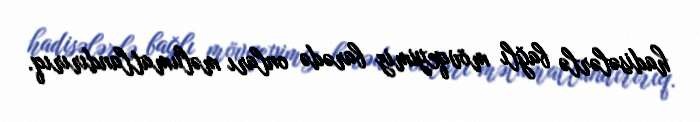
hadisələrlə bağlı mövqeyimiz barədə onları məlumatlandırırıq.